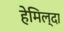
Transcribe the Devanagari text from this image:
हेमिल्दा